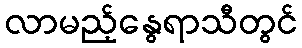
လာမည့်နွေရာသီတွင်